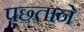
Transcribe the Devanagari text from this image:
पछ्ताने